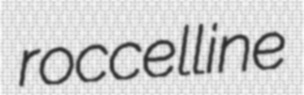
roccelline